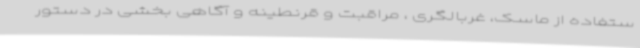
ستفاده از ماسک، غربالگری ، مراقبت و قرنطینه و آگاهی بخشی در دستور